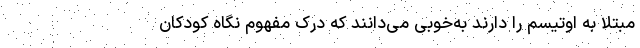
مبتلا به اوتیسم را دارند به‌خوبی می‌دانند که درک مفهوم نگاه کودکان